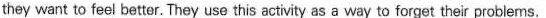
they want to feel better. They use this activity as a way to forget their problems.